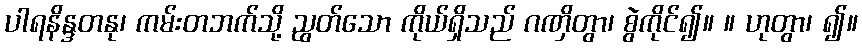
ပါရနိန္ဒတနု၊ ကမ်းတဘက်သို့ ညွတ်သော ကိုယ်ရှိသည် ဂဏှိတွာ၊ စွဲကိုင်၍။ ။ ဟုတွာ၊ ၍။